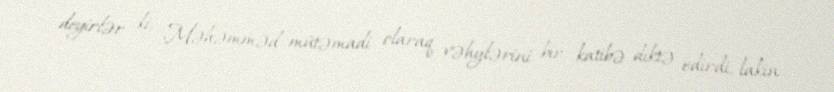
deyirlər ki, Məhəmməd mütəmadi olaraq vəhylərini bir katibə diktə edirdi, lakin